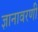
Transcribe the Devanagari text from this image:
ज्ञानावरणी